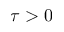
\tau > 0